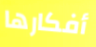
أفكارها